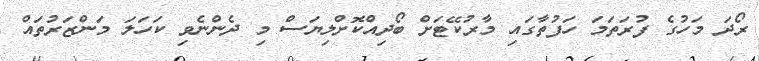
ރޯދަ މަހުގެ ފުރަތަމަ ހަފުތާގައި މާރުކޭޓަށް ބޯދިއްކޮށްލިޔަސް މި ދެންނެވި ކަހަލަ މަންޒަރުތައް